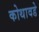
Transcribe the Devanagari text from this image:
कोथावडे